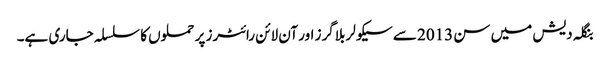
بنگلہ دیش میں سن 2013 سے سیکولر بلاگرز اور آن لائن رائٹرز پر حملوں کا سلسلہ جاری ہے۔